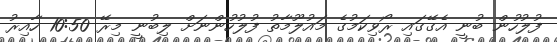
ފުލުހުން ބުނީ އެގޭގައި ރޯވިކަމުގެ މައުލޫމާތު ފުލުހުންނަށް ލިބުނީ މިރޭ 10:50 ހާއިރު